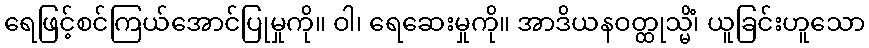
ရေဖြင့်စင်ကြယ်အောင်ပြုမှုကို။ ဝါ၊ ရေဆေးမှုကို။ အာဒိယနဝတ္ထုသ္မိံ၊ ယူခြင်းဟူသော